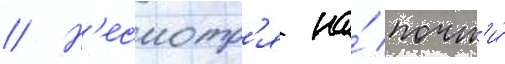
// Н'есмотр'я на́ почт'и́